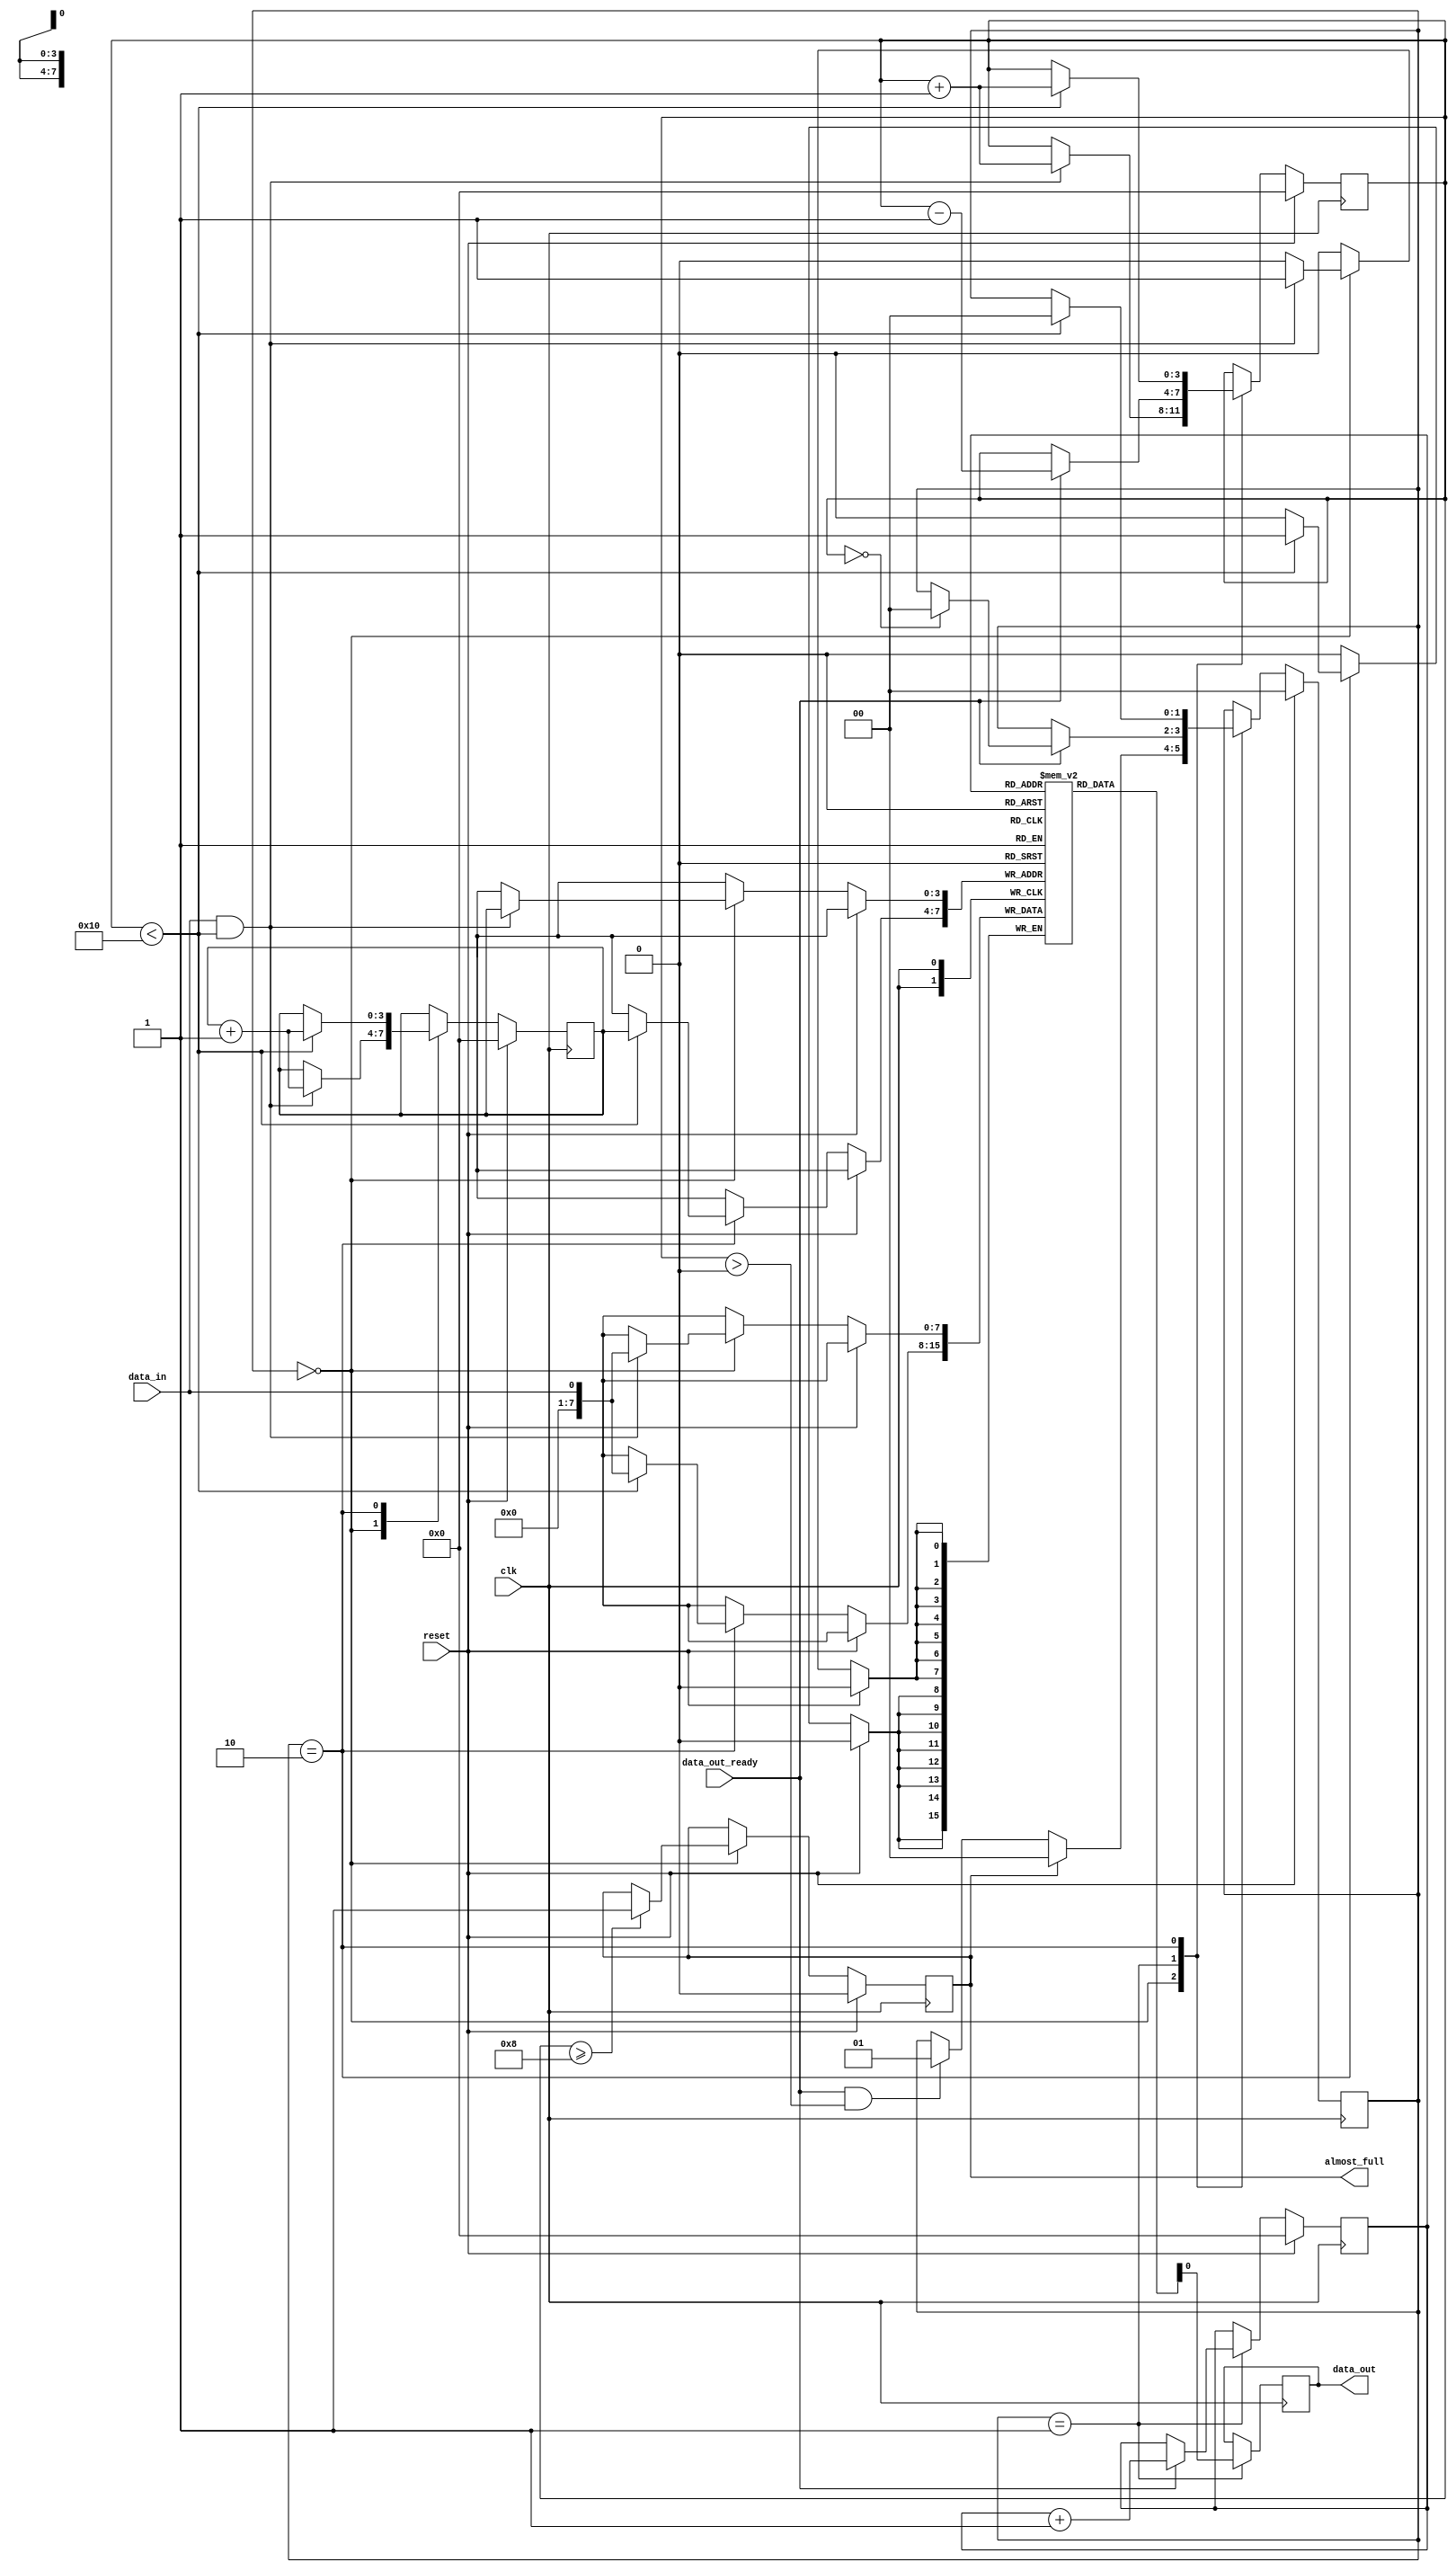
module AlmostFull_FIFO (
    input wire clk,
    input wire reset,
    input wire data_in,
    input wire data_out_ready,
    output wire data_out,
    output wire almost_full
);

//define parameters
parameter BUFFER_SIZE = 16;

//define flip-flop for storing data
reg [7:0] buffer [0:BUFFER_SIZE-1];
reg [3:0] head;
reg [3:0] tail;
reg [3:0] count;

//define flags
reg almost_full_flag;
reg data_out_valid;

//define state machine
reg [1:0] state;
localparam IDLE = 2'b00;
localparam READ = 2'b01;
localparam WRITE = 2'b10;

//define synchronization logic
reg sync_data_out;
always @(posedge clk) begin
    if (state == READ) begin
        data_out <= buffer[tail];
        data_out_valid <= 1'b1;
    end else begin
        data_out_valid <= 1'b0;
    end
end

//define timing control
always @(posedge clk) begin
    if (reset) begin
        head <= 0;
        tail <= 0;
        count <= 0;
        almost_full_flag <= 0;
        state <= IDLE;
    end else begin
        case(state)
            IDLE: begin
                if (data_in && count < BUFFER_SIZE) begin
                    buffer[head] <= data_in;
                    head <= head + 1;
                    if (head == BUFFER_SIZE) begin
                        head <= 0;
                    end
                    count <= count + 1;
                end
                if (count >= BUFFER_SIZE/2) begin
                    almost_full_flag <= 1;
                end
                if (data_out_ready && count > 0) begin
                    state <= READ;
                end
                if (almost_full_flag) begin
                    state <= IDLE;
                end
            end
            READ: begin
                if (data_out_ready) begin
                    tail <= tail + 1;
                    if (tail == BUFFER_SIZE) begin
                        tail <= 0;
                    end
                    count <= count - 1;
                    if (count == 0) begin
                        state <= IDLE;
                    end
                end
            end
            WRITE: begin
                if (count < BUFFER_SIZE) begin
                    buffer[head] <= data_in;
                    head <= head + 1;
                    if (head == BUFFER_SIZE) begin
                        head <= 0;
                    end
                    count <= count + 1;
                    state <= IDLE;
                end
            end
        endcase
    end
end

//define almost-full flag logic
assign almost_full = almost_full_flag;

endmodule